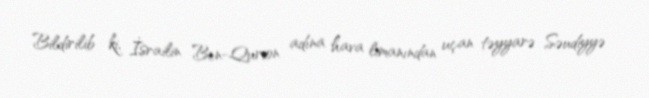
Bildirilib ki, İsrailin Ben-Qurion adına hava limanından uçan təyyarə Səudiyyə